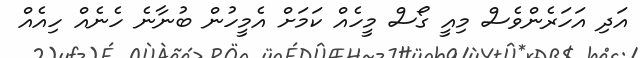
އަދި އަހަރެންވެސް މިއީ ގޯސް މީހެއް ކަމަށް އެމީހުން ބުނާނެ ހެނެއް ހިއެއް